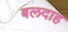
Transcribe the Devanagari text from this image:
बलदाह